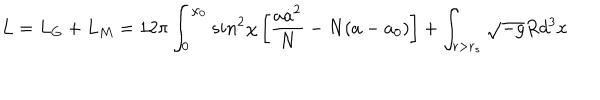
L = L _ { G } + L _ { M } = 1 2 \pi \int _ { 0 } ^ { \chi _ { 0 } } s i n ^ { 2 } \chi \left[ \frac { a \dot { a } ^ { 2 } } { N } - N ( a - a _ { 0 } ) \right] + \int _ { r > r _ { s } } \sqrt { - g } R d ^ { 3 } x